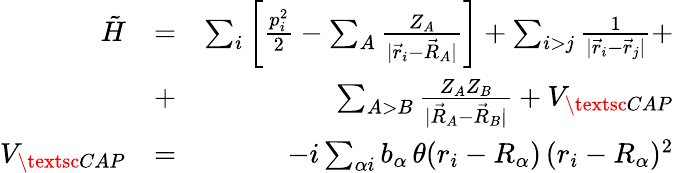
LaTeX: \begin{array}{rlr}{\tilde{H}}&{=}&{\sum_{i}\left[\frac{p_{i}^{2}}{2}-\sum_{A}\frac{Z_{A}}{|\vec{r}_{i}-\vec{R}_{A}|}\right]+\sum_{i>j}\frac{1}{|\vec{r}_{i}-\vec{r}_{j}|}+}\\ &{+}&{\sum_{A>B}\frac{Z_{A}Z_{B}}{|\vec{R}_{A}-\vec{R}_{B}|}+V_{\textsc{CAP}}}\\ {V_{\textsc{CAP}}}&{=}&{-i\sum_{\alpha i}b_{\alpha}\, \theta(r_{i}-R_{\alpha})\, (r_{i}-R_{\alpha})^{2}}\end{array}